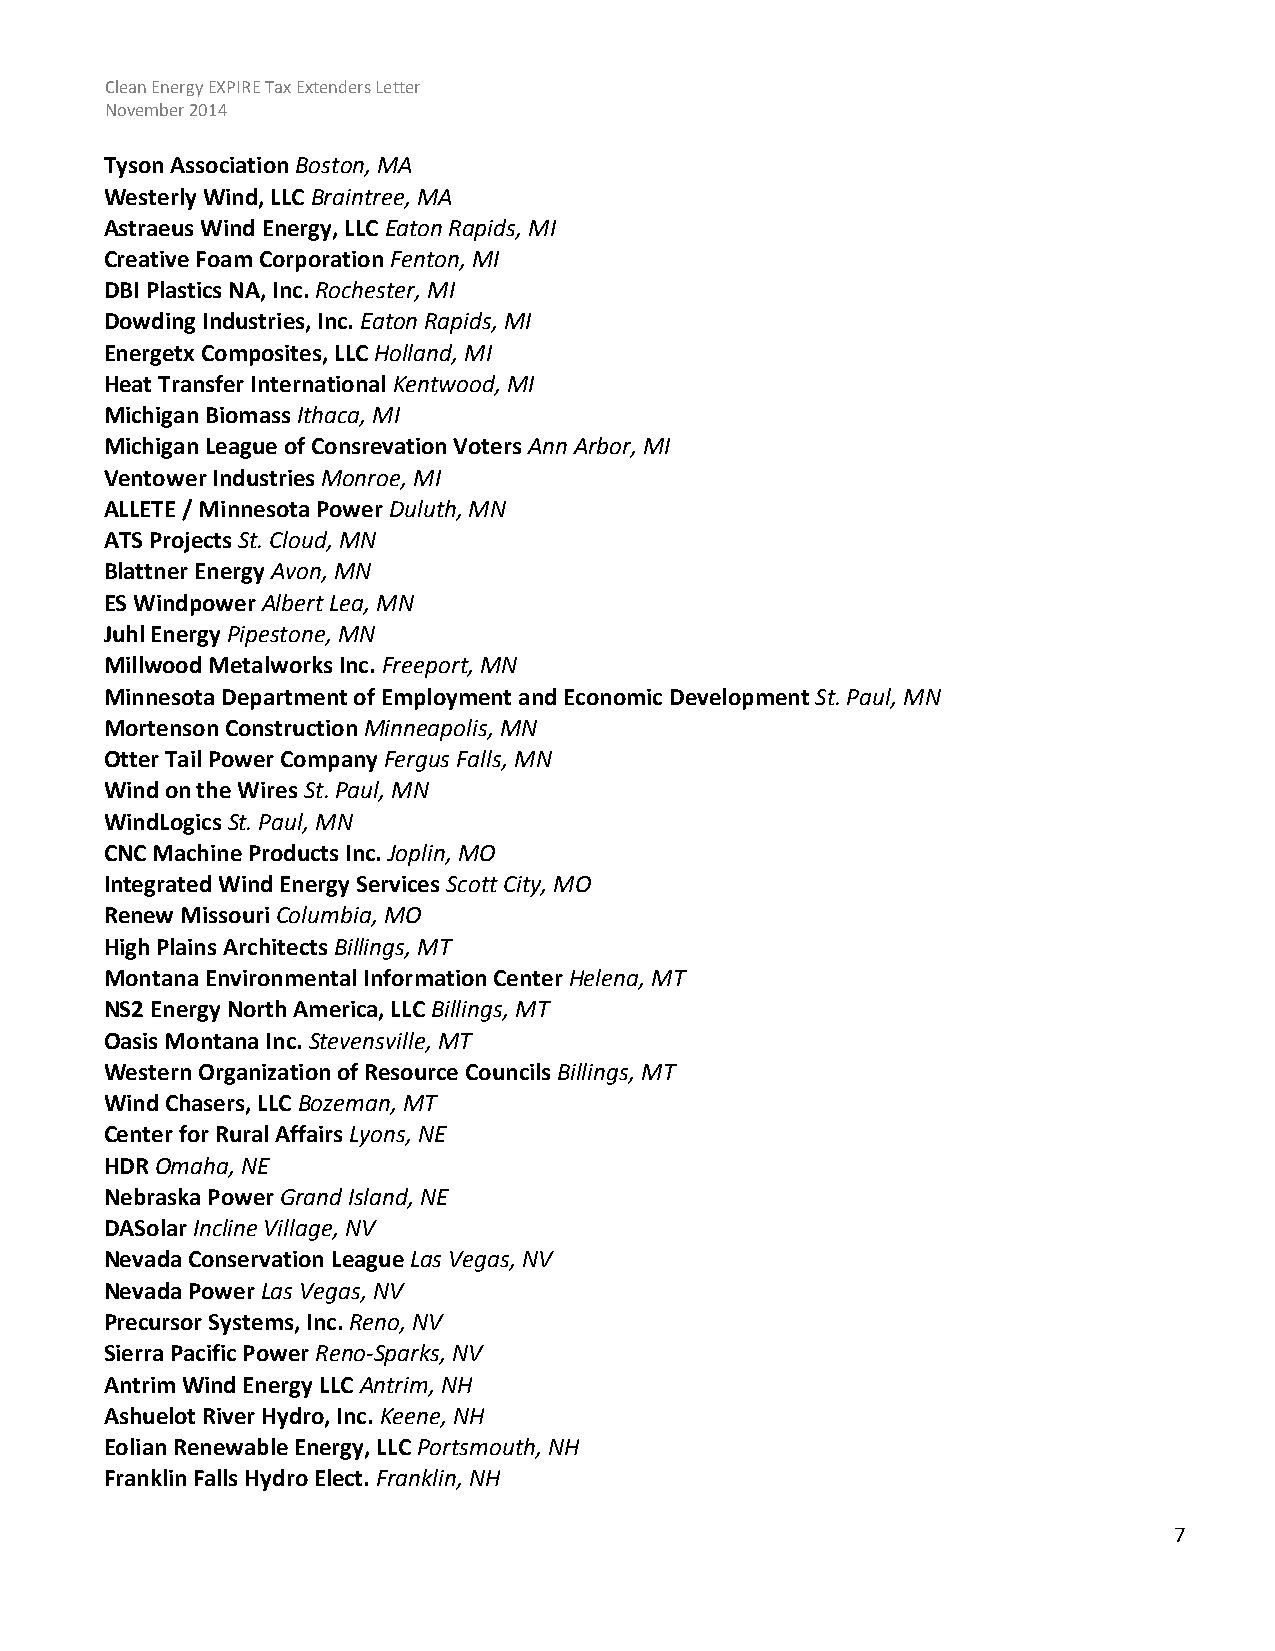
Clean Energy EXPIRE Tax Extenders Letter
 November 2014
 Tyson Association Boston, MA
 Westerly Wind, LLC Braintree, MA
 Astraeus Wind Energy, LLC Eaton Rapids, MI
 Creative Foam Corporation Fenton, MI
 DBI Plastics NA, Inc. Rochester, MI
 Dowding Industries, Inc. Eaton Rapids, MI
 Energetx Composites, LLC Holland, MI
 Heat Transfer International Kentwood, MI
 Michigan Biomass Ithaca, MI
 Michigan League of Consrevation Voters Ann Arbor, MI
 Ventower Industries Monroe, MI
 ALLETE / Minnesota Power Duluth, MN
 ATS Projects St. Cloud, MN
 Blattner Energy Avon, MN
 ES Windpower Albert Lea, MN
 Juhl Energy Pipestone, MN
 Millwood Metalworks Inc. Freeport, MN
 Minnesota Department of Employment and Economic Development St. Paul, MN
 Mortenson Construction Minneapolis, MN
 Otter Tail Power Company Fergus Falls, MN
 Wind on the Wires St. Paul, MN
 WindLogics St. Paul, MN
 CNC Machine Products Inc. Joplin, MO
 Integrated Wind Energy Services Scott City, MO
 Renew Missouri Columbia, MO
 High Plains Architects Billings, MT
 Montana Environmental Information Center Helena, MT
 NS2 Energy North America, LLC Billings, MT
 Oasis Montana Inc. Stevensville, MT
 Western Organization of Resource Councils Billings, MT
 Wind Chasers, LLC Bozeman, MT
 Center for Rural Affairs Lyons, NE
 HDR Omaha, NE
 Nebraska Power Grand Island, NE
 DASolar Incline Village, NV
 Nevada Conservation League Las Vegas, NV
 Nevada Power Las Vegas, NV
 Precursor Systems, Inc. Reno, NV
 Sierra Pacific Power Reno-Sparks, NV
 Antrim Wind Energy LLC Antrim, NH
 Ashuelot River Hydro, Inc. Keene, NH
 Eolian Renewable Energy, LLC Portsmouth, NH
 Franklin Falls Hydro Elect. Franklin, NH
 7